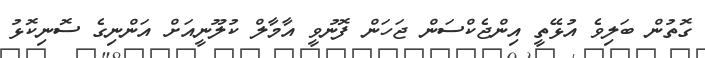
ގޮތުން ބަލިވެ އުޅޭތީ އިންޖެކްސަން ޖަހަން ފޮނުވީ އާމާލް ކުލޫނީއަށް އަންނިގެ ސޮނިކޮޅު